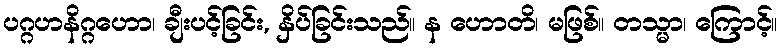
ပဂ္ဂဟနိဂ္ဂဟော၊ ချီးပင့်ခြင်း, နှိပ်ခြင်းသည်။ န ဟောတိ၊ မဖြစ်။ တသ္မာ၊ ကြောင့်။